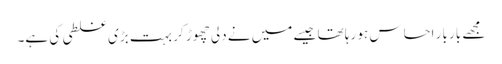
مجھے بار بار احساس ہو رہا تھا جیسے میں نے دلی چھوڑ کر بہت بڑی غلطی کی ہے۔